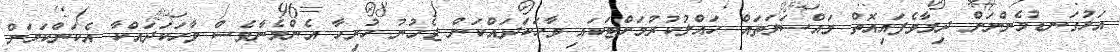
އަޅުގަނޑުމެންނަށް ދިމާވެފައިއޮތް މައްސަލަތައް ހައްލުކުރުމަށްޓަކައި ވާހަކަދައްކަން ޖެހުނު ހުރިހާ އެންމެނާވެސް ވާހަކަދައްކާ އެކަންކަމަށް